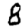
Digit: 8